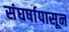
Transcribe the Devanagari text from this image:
संघर्षापासून